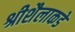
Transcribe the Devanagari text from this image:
श्रीशैलाकडे